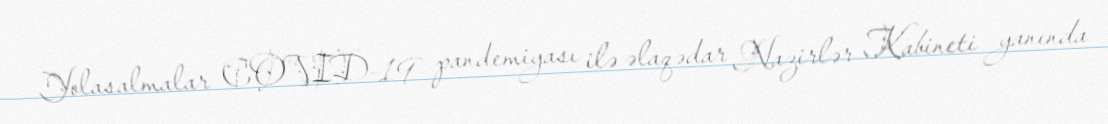
Yolasalmalar COVID-19 pandemiyası ilə əlaqədar Nazirlər Kabineti yanında